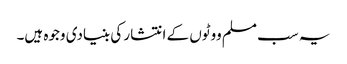
یہ سب مسلم ووٹوں کے انتشار کی بنیادی وجوہ ہیں۔